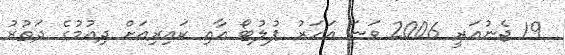
19 ޖެނުއަރީ 2006 ވަނަ އަހަރު ޕުލުޓޯ އާއި ކައިރިއަށް ދިއުމުގެ ދަތުރު